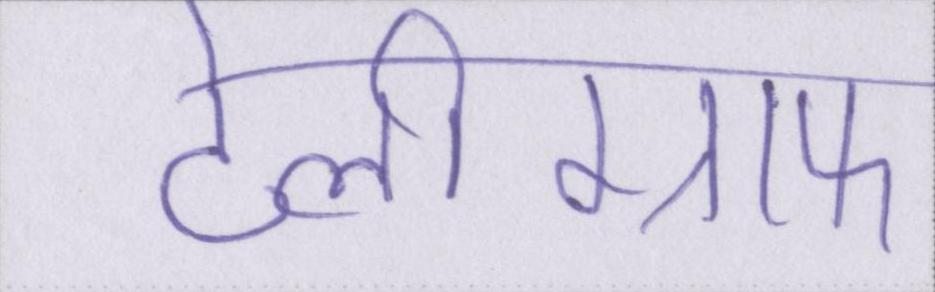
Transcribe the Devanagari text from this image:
टेलीग्राफ